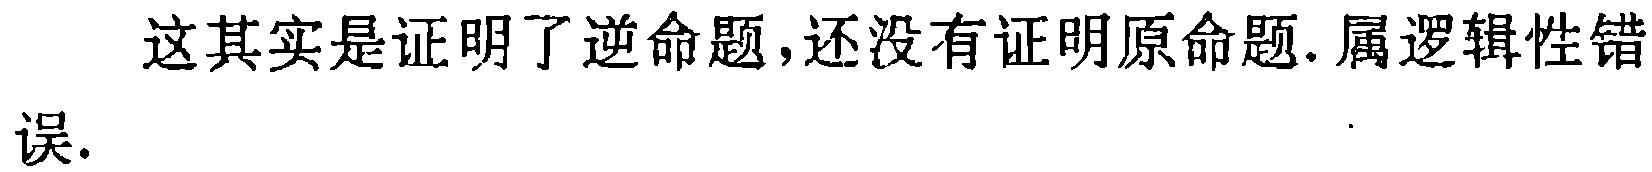
这其实是证明了逆命题,还没有证明原命题.属逻辑性错误.